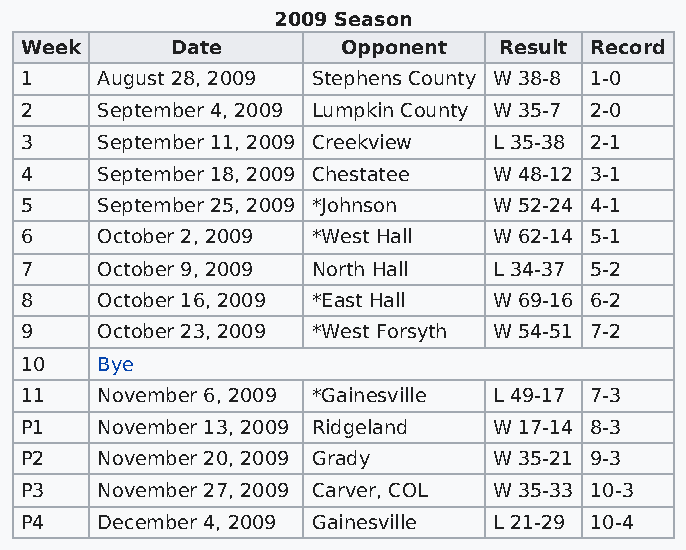
2009 Season
 Week      Date        Opponent  Result Record
 1    August 28, 2009 Stephens County W 38-8 1-0
 2    September 4, 2009 Lumpkin County W 35-7 2-0
 3    September 11, 2009 Creekview L 35-38 2-1
 4    September 18, 2009 Chestatee W 48-12 3-1
 5    September 25, 2009 *Johnson W 52-24 4-1
 6    October 2, 2009 *West Hall W 62-14 5-1
 7    October 9, 2009 North Hall L 34-37 5-2
 8    October 16, 2009 *East Hall W 69-16 6-2
 9    October 23, 2009 *West Forsyth W 54-51 7-2
 10   Bye
 11   November 6, 2009 *Gainesville L 49-17 7-3
 P1   November 13, 2009 Ridgeland W 17-14 8-3
 P2   November 20, 2009 Grady    W 35-21 9-3
 P3   November 27, 2009 Carver, COL W 35-33 10-3
 P4   December 4, 2009 Gainesville L 21-29 10-4